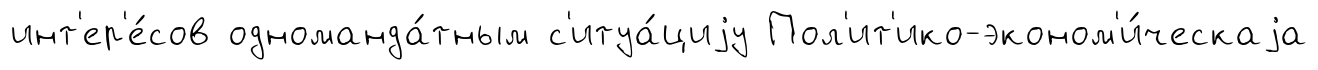
инт'ер'е́сов одноманда́тным с'итуа́циjу Пол'ит'ико-эконом'и́ческаjа